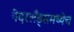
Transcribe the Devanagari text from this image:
नॆदरलँड्समध्येच